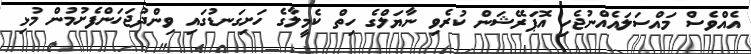
އެއްވެސް މައްސަލައެއްނުޖެހި އޮޕަރޭޝަން ކުރެވި ނާޔަލްގެ ހިތް ކެމީލާގެ ހަށިގަނޑުގައި ވިންދުޖަހަންފެށުމުން މުޅި